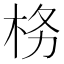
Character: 𭩨